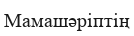
Мамашәріптің